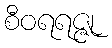
စီဝရရဇ္ဇု